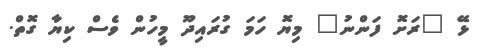
ޅޭ "ރަށޮ ފަންނު" މިޔޮ ހަމަ ގުރައިދޫ މީހުން ވެސް ކިޔާ ގޮތް.